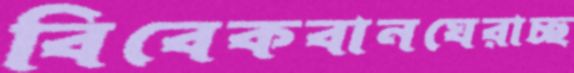
বিবেকবানঘেরাচ্ছ